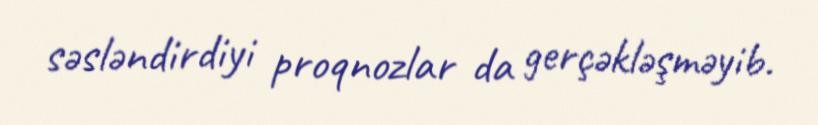
səsləndirdiyi proqnozlar da gerçəkləşməyib.